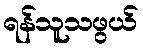
ရန်သူသဖွယ်